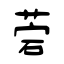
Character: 菪